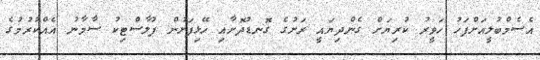
އެސެމްބުލީއަށްފަހު ހަވީރު ކުރިޔަށް ގެންދިޔައީ ރަށުގެ ގޮނޑުދޮށާއި ހޭޅިފަށުން ޕުލާސްޓިކު ސާމާނު އެއްކުރުމުގެ